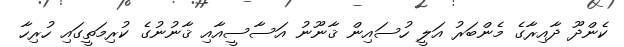
ކެންދޫ ދާއިރާގެ މެންބަރު އަލީ ހުސައިން ޤާނޫނު އަސާސީއާއި ޤާނުނުގެ ކުރިމަތީގައި ހުރިހާ